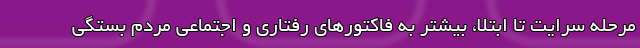
مرحله سرایت تا ابتلا، بیشتر به فاکتورهای رفتاری و اجتماعی مردم بستگی